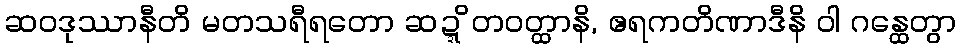
ဆဝဒုဿာနီတိ မတသရီရတော ဆဍ္ဍိတဝတ္ထာနိ, ဧရကတိဏာဒီနိ ဝါ ဂန္ထေတွာ